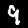
Digit: 9